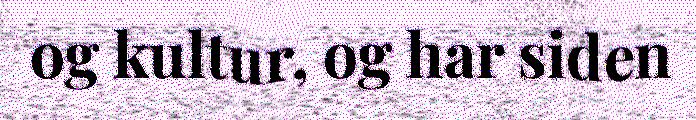
og kultur, og har siden